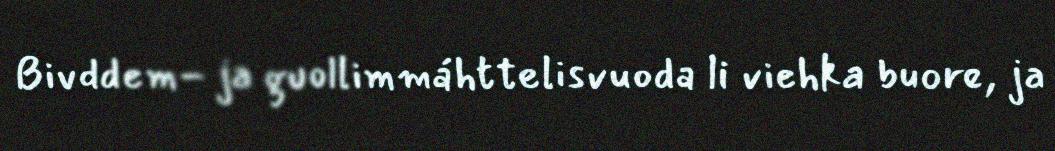
Bivddem- ja guollimmáhttelisvuoda li viehka buore, ja